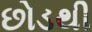
છોડથી